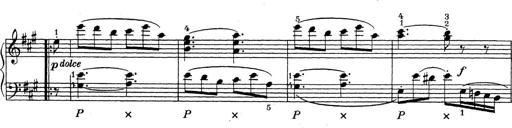
Title: ÄŒeskÃ© Sonatiny
Composer: Various